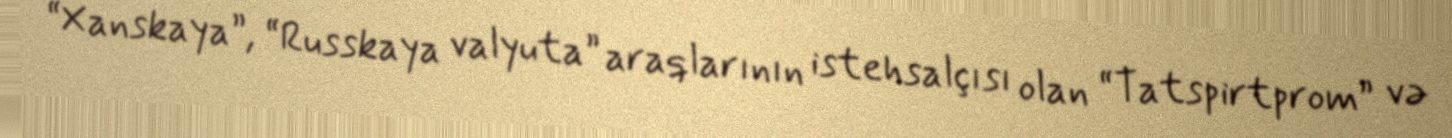
“Xanskaya”, “Russkaya valyuta” araqlarının istehsalçısı olan “Tatspirtprom” və